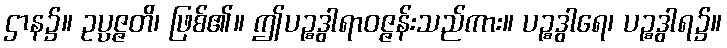
ဌာန၌။ ဥပ္ပဇ္ဇတိ၊ ဖြစ်၏။ ဤပဉ္စဒွါရာဝဇ္ဇန်းသည်ကား။ ပဉ္စဒွါရေ၊ ပဉ္စဒွါရ၌။